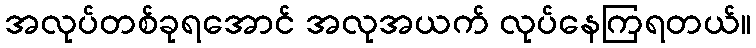
အလုပ်တစ်ခုရအောင် အလုအယက် လုပ်နေကြရတယ်။